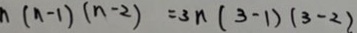
n ( n - 1 ) ( n - 2 ) = 3 n ( 3 - 1 ) ( 3 - 2 )